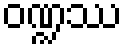
ဝဏ္ဍဿ